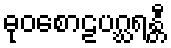
ဓုဝစောဠပဂ္ဃရန္တီ